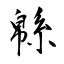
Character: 緜